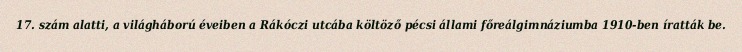
17. szám alatti, a világháború éveiben a Rákóczi utcába költöző pécsi állami főreálgimnáziumba 1910-ben íratták be.